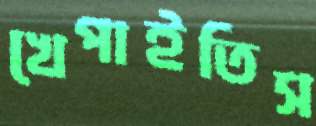
খেপাইতিস